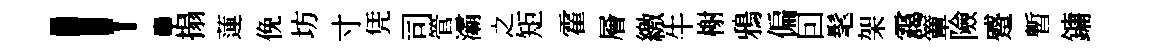
！搨蓮俛坊寸凭司管灞之矩霍層繳牛榭鴉偏囙髦架靄簟險蹙暫鏞